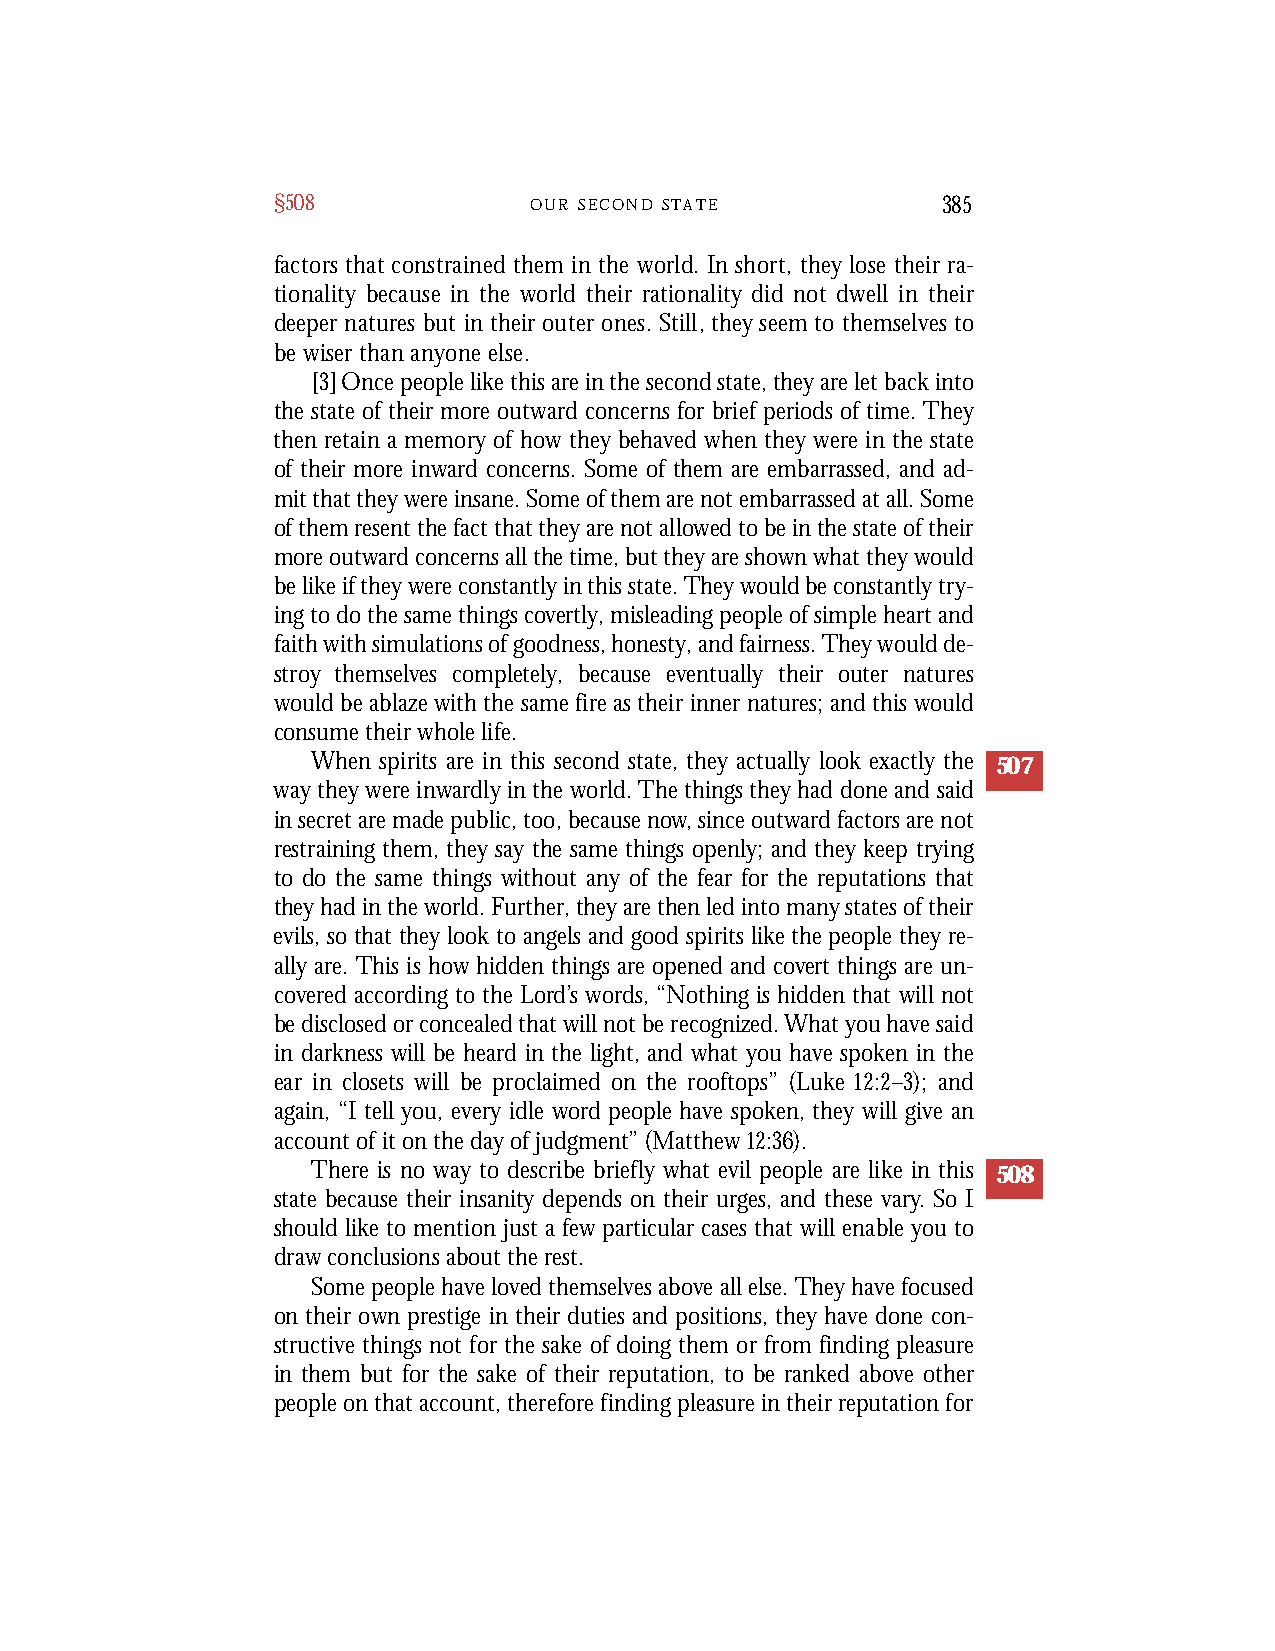
§508             O U R S E C O N D S T A T E 385
 factors that constrained them in the world. In short, they lose their ra-
 tionality because in the world their rationality did not dwell in their
 deeper natures but in their outer ones. Still, they seem to themselves to
 be wiser than anyone else.
 [3] Once people like this are in the second state, they are let back into
 the state of their more outward concerns for brief periods of time. They
 then retain a memory of how they behaved when they were in the state
 of their more inward concerns. Some of them are embarrassed, and ad-
 mit that they were insane. Some of them are not embarrassed at all. Some
 of them resent the fact that they are not allowed to be in the state of their
 more outward concerns all the time, but they are shown what they would
 be like if they were constantly in this state. They would be constantly try-
 ing to do the same things covertly, misleading people of simple heart and
 faith with simulations of goodness, honesty, and fairness. They would de-
 stroy themselves completely, because eventually their outer natures
 would be ablaze with the same fire as their inner natures; and this would
 consume their whole life.
 When spirits are in this second state, they actually look exactly the 507
 way they were inwardly in the world. The things they had done and said
 in secret are made public, too, because now, since outward factors are not
 restraining them, they say the same things openly; and they keep trying
 to do the same things without any of the fear for the reputations that
 they had in the world. Further, they are then led into many states of their
 evils, so that they look to angels and good spirits like the people they re-
 ally are. This is how hidden things are opened and covert things are un-
 covered according to the Lord’s words, “Nothing is hidden that will not
 be disclosed or concealed that will not be recognized. What you have said
 in darkness will be heard in the light, and what you have spoken in the
 ear in closets will be proclaimed on the rooftops” (Luke 12:2–3); and
 again, “I tell you, every idle word people have spoken, they will give an
 account of it on the day of judgment” (Matthew 12:36).
 There is no way to describe briefly what evil people are like in this 508
 state because their insanity depends on their urges, and these vary. So I
 should like to mention just a few particular cases that will enable you to
 draw conclusions about the rest.
 Some people have loved themselves above all else. They have focused
 on their own prestige in their duties and positions, they have done con-
 structive things not for the sake of doing them or from finding pleasure
 in them but for the sake of their reputation, to be ranked above other
 people on that account, therefore finding pleasure in their reputation for